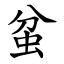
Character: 蚠